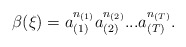
\begin{align*}\beta(\xi)=a_{(1)}^{n_{(1)}}a_{(2)}^{n_{(2)}}...a_{(T)}^{n_{(T)}}.\end{align*}